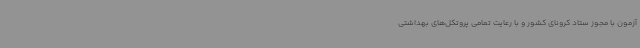
آزمون با مجوز ستاد کرونای کشور و با رعایت تمامی پروتکل‌های بهداشتی